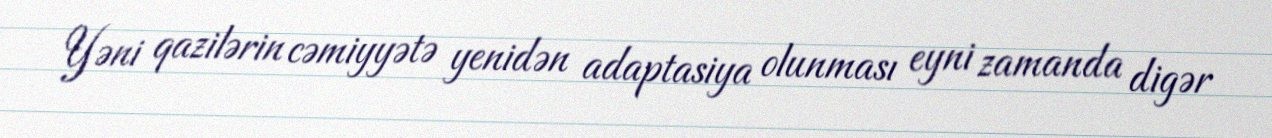
Yəni qazilərin cəmiyyətə yenidən adaptasiya olunması eyni zamanda digər